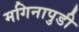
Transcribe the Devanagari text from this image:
मगिनापुडी